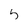
Character: 5